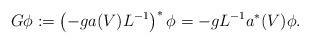
LaTeX: \begin{align*}G \phi &:= \left(-g a(V) L^{-1}\right)^* \phi = - g L^{-1} a^*(V) \phi.\end{align*}